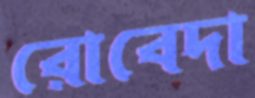
রোবেদা